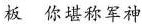
板 你堪称军神